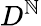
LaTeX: D^{\mathbb{N}}